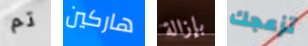
تم هاركين بإزالة تزعجك